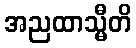
အညထာသ္မီတိ